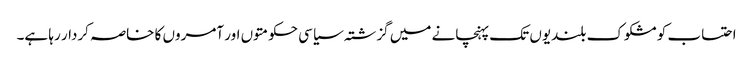
احتساب کو مشکوک بلندیوں تک پہنچانے میں گزشتہ سیاسی حکومتوں اور آمروں کا خاصہ کردار رہا ہے۔